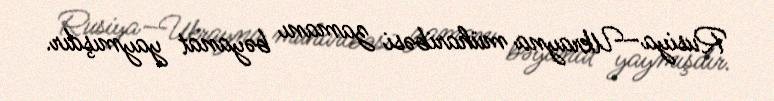
Rusiya–Ukrayna müharibəsi zamanı bəyanat yaymışdır.